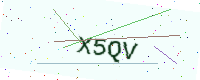
Text: X5QV